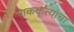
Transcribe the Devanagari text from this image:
पाककृत्यांचा